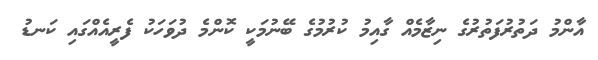
އާންމު ދަތުރުފަތުރުގެ ނިޒާމެއް ގާއިމު ކުރުމުގެ ބޭނުމަކީ ކޮންމެ ދުވަހަކު ފެރީއެއްގައި ކަނޑު